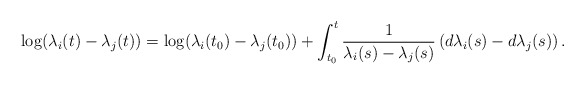
\begin{align*}\log(\lambda_{i}(t)-\lambda_{j}(t))=\log(\lambda_{i}(t_{0})-\lambda_{j}(t_{0}))+\int_{t_{0}}^{t}\frac{1}{\lambda_{i}(s)-\lambda_{j}(s)}\left(d\lambda_{i}(s)-d\lambda_{j}(s)\right) . \end{align*}